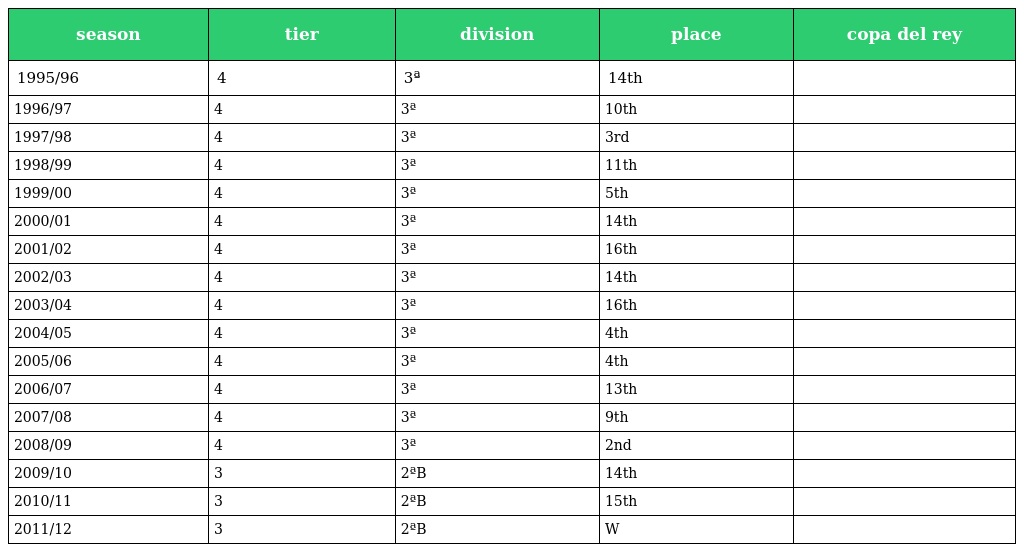
| season | tier | division | place | copa del rey |
 | --- | --- | --- | --- | --- |
 | 1995/96 | 4 | 3ª | 14th |  |
 | 1996/97 | 4 | 3ª | 10th |  |
 | 1997/98 | 4 | 3ª | 3rd |  |
 | 1998/99 | 4 | 3ª | 11th |  |
 | 1999/00 | 4 | 3ª | 5th |  |
 | 2000/01 | 4 | 3ª | 14th |  |
 | 2001/02 | 4 | 3ª | 16th |  |
 | 2002/03 | 4 | 3ª | 14th |  |
 | 2003/04 | 4 | 3ª | 16th |  |
 | 2004/05 | 4 | 3ª | 4th |  |
 | 2005/06 | 4 | 3ª | 4th |  |
 | 2006/07 | 4 | 3ª | 13th |  |
 | 2007/08 | 4 | 3ª | 9th |  |
 | 2008/09 | 4 | 3ª | 2nd |  |
 | 2009/10 | 3 | 2ªB | 14th |  |
 | 2010/11 | 3 | 2ªB | 15th |  |
 | 2011/12 | 3 | 2ªB | W |  |